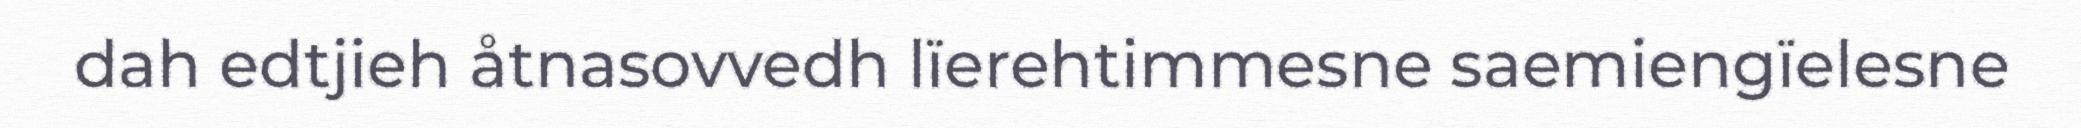
dah edtjieh åtnasovvedh lïerehtimmesne saemiengïelesne